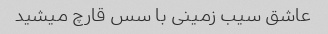
عاشق سیب زمینی با سس قارچ میشید